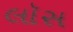
લૉસ